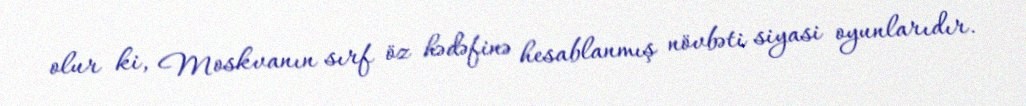
olur ki, Moskvanın sırf öz hədəfinə hesablanmış növbəti siyasi oyunlarıdır.